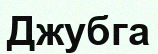
Джубга